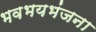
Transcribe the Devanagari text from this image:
भवभयभंजना